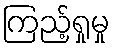
ကြည့်ရှုမှု